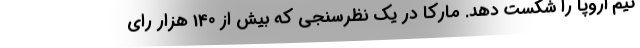
تیم اروپا را شکست دهد. مارکا در یک نظرسنجی که بیش از 140 هزار رای